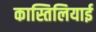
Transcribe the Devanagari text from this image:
कास्तिलियाई